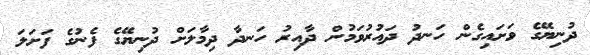
ދުނިޔޭގެ ވަށައިގެން ހަނދު ދައުރުވަމުން ދާއިރު ހަނދާ ދިމާލަށް ދުނިޔޭގެ ފެނުގެ ފަށަލަ